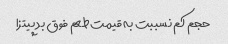
حجم کم نسببت به قیمت طعم فوق بد پیتزا